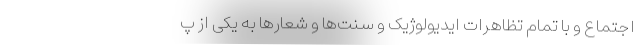
اجتماع و با تمام تظاهرات ایدیولوژیک و سنت‌ها و شعارها به یکی از پ